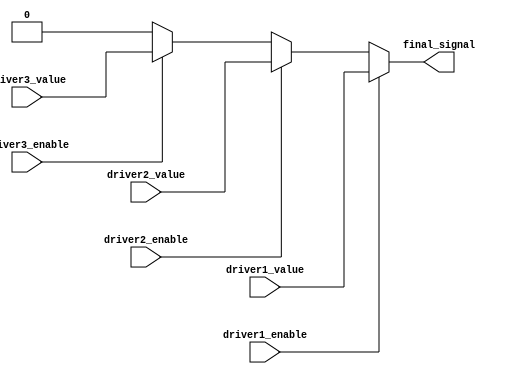
module multiple_drivers_example (
    input wire driver1_enable,
    input wire driver2_enable,
    input wire driver3_enable,
    input wire driver1_value,
    input wire driver2_value,
    input wire driver3_value,
    output wire final_signal
);

// Internal wire to hold the resolved value
wire value1, value2, value3;

// Continuous assignments for each driver
assign value1 = driver1_enable ? driver1_value : 1'bz; // Driver 1
assign value2 = driver2_enable ? driver2_value : 1'bz; // Driver 2
assign value3 = driver3_enable ? driver3_value : 1'bz; // Driver 3

// Resolution logic using priority encoding
assign final_signal = (driver1_enable) ? value1 :
                      (driver2_enable) ? value2 :
                      (driver3_enable) ? value3 : 1'b0; // Default value if no driver is enabled

endmodule